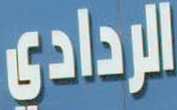
الردادي